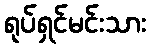
ရုပ်ရှင်မင်းသား